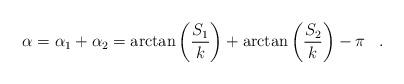
LaTeX: \begin{align*}\alpha =\alpha_1 +\alpha_2=\arctan \left( \frac {S_1}k \right) +\arctan \left( \frac {S_2}k \right) -\pi \, \ \ .\end{align*}